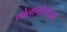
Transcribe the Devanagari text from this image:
लोलापोलोज़ा